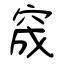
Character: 窚